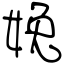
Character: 娩